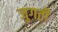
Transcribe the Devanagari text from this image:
जुगती